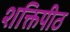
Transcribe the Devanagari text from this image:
शक्तिपीठ